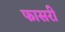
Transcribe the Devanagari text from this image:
फासरी